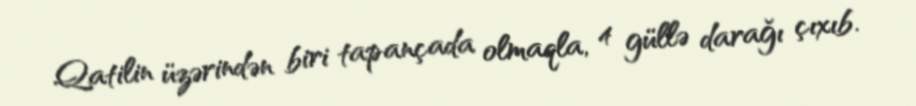
Qatilin üzərindən biri tapançada olmaqla, 4 güllə darağı çıxıb.